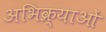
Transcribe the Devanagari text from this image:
अभिक्र्याओं